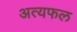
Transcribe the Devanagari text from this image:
अत्यफल